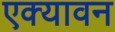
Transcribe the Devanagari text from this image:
एक्यावन